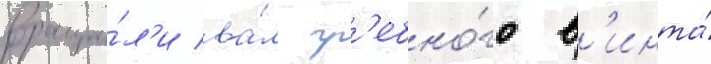
враща́л'и ва́л гр'ебно́го в'инта́